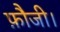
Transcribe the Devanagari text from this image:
फ़ौजी।